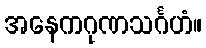
အနေကဂုဏသင်္ဂဟံ။